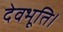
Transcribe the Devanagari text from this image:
देवभूति।